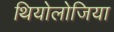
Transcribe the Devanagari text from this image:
थियोलोजिया